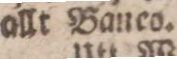
allt Banco.